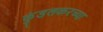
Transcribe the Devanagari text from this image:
कुंडलकरच्या